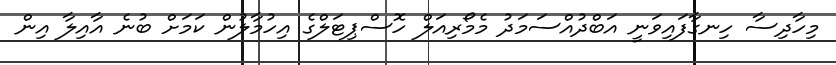
މިހާދިސާ ހިނގާފައިވަނީ އަބްދުއްސަމަދު މެމޯރިއަލް ހޮސްޕިޓަލްގެ އިހުމާލުން ކަމަށް ބުނެ އާއިލާ އިން